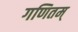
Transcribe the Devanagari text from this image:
गणितम्